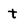
Character: t